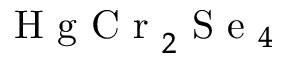
\mathrm { ~ H ~ g ~ C ~ r ~ } _ { 2 } \mathrm { ~ S ~ e ~ } _ { 4 }